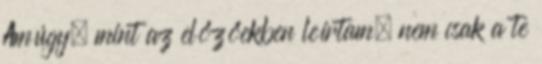
Amúgy, mint az előzőekben leírtam, nem csak a te